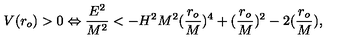
V ( r _ { o } ) > 0 \Leftrightarrow \frac { E ^ { 2 } } { M ^ { 2 } } < - H ^ { 2 } M ^ { 2 } ( \frac { r _ { o } } { M } ) ^ { 4 } + ( \frac { r _ { o } } { M } ) ^ { 2 } - 2 ( \frac { r _ { o } } { M } ) ,